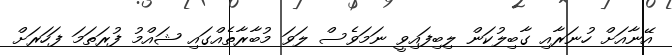
އޭނާއަށް ހުނަރާއި ގާބިލުކަން ލިބިފައިވީ ނަމަވެސް ލަވަ މުބާރާތެއްގައި ޝައްމު ފުރަތަމަ ފަހަރަށް